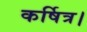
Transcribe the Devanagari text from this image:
कर्षित्र।